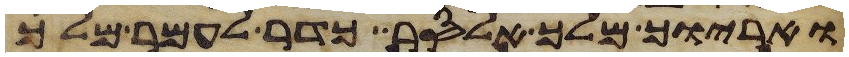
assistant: ואריוך מלך אלסר כדר לעמר מלך